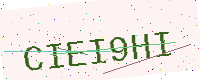
Text: CIEI9HI